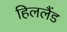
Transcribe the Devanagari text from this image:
हिललैंड